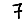
Digit: 7